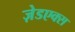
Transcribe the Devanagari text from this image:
ज़ेडएक्स